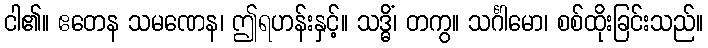
ငါ၏။ ဧတေန သမဏေန၊ ဤရဟန်းနှင့်။ သဒ္ဓိံ၊ တကွ။ သင်္ဂါမော၊ စစ်ထိုးခြင်းသည်။